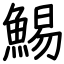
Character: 鯣